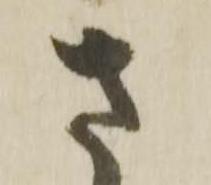
さ